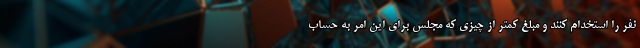
نفر را استخدام کنند و مبلغ کمتر از چیزی که مجلس برای این امر به حساب